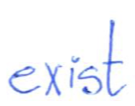
Text: exist
Cross-out: clean
Writing tool: ballpoint